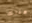
هناك